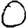
Digit: 0